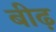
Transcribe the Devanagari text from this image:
बीढ़